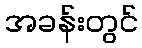
အခန်းတွင်